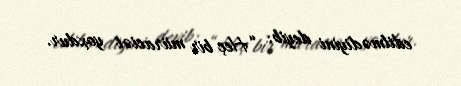
edilmədiyini deyib: “Heç bir müraciət yoxdur.